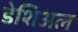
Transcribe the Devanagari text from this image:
डेशिअल